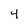
Character: 4